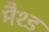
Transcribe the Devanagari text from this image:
मैश्ड